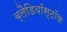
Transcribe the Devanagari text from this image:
ब्लैडिवॉस्टॉक